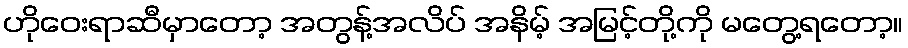
ဟိုဝေးရာဆီမှာတော့ အတွန့်အလိပ် အနိမ့် အမြင့်တို့ကို မတွေ့ရတော့။